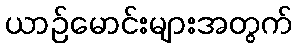
ယာဉ်မောင်းများအတွက်